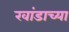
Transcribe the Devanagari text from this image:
रवांडाच्या